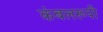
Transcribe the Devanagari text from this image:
कंबलरूपी